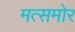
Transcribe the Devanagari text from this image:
मत्समोर